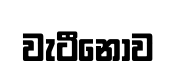
වැටීනොව